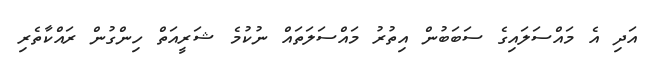
އަދި އެ މައްސަލައިގެ ސަބަބުން އިތުރު މައްސަލަތައް ނުކުމެ ޝަރީއަތް ހިންގުން ރައްކާތެރި